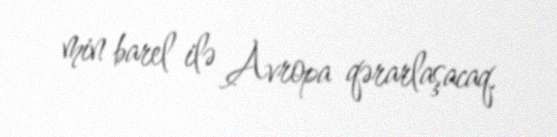
min barel ilə Avropa qərarlaşacaq.